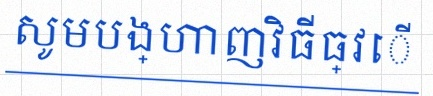
សូមបង្ហាញវិធីធ្វើ